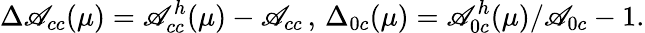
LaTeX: \Delta\mathscr{A}_{cc}(\mu)=\mathscr{A}_{cc}^{h}(\mu)-\mathscr{A}_{cc}\, ,\, \Delta_{0c}(\mu)=\mathscr{A}_{0c}^{h}(\mu)/\mathscr{A}_{0c}-1.